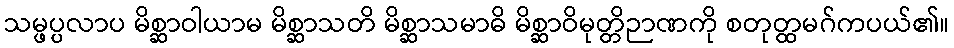
သမ္ဖပ္ပလာပ မိစ္ဆာဝါယာမ မိစ္ဆာသတိ မိစ္ဆာသမာဓိ မိစ္ဆာဝိမုတ္တိဉာဏကို စတုတ္ထမဂ်ကပယ်၏။